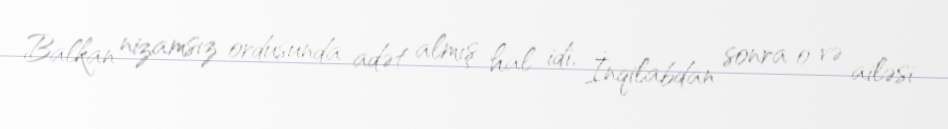
Balkan nizamsız ordusunda adət almış hal idi. İnqilabdan sonra o və ailəsi